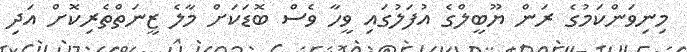
މިނިވަންކަމުގެ ރަން ޔޫބީލްގެ އުފަލުގައި ވީހާ ވެސް ބޮޑަކަށް މާލެ ޒީނަތްތެރިކޮށް އަދި